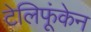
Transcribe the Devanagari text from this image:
टेलिफूंकेन